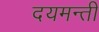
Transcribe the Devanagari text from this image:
दयमन्ती